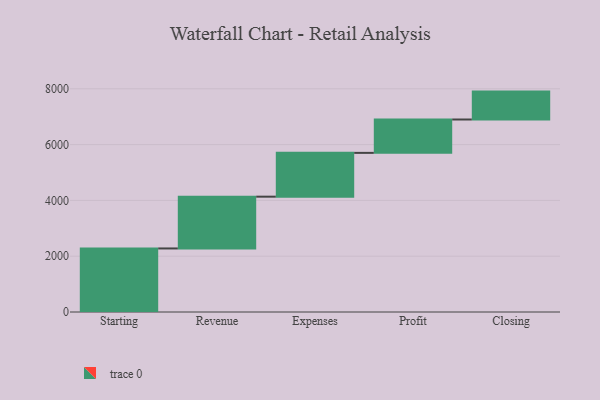
{"axis": {"x": "Step", "y": "Value"}, "legend": [""], "data": [{"x": "Starting", "y": 2278.0, "type": ""}, {"x": "Revenue", "y": 1856.0, "type": ""}, {"x": "Expenses", "y": 1570.0, "type": ""}, {"x": "Profit", "y": 1196.0, "type": ""}, {"x": "Closing", "y": 1000, "type": ""}]}